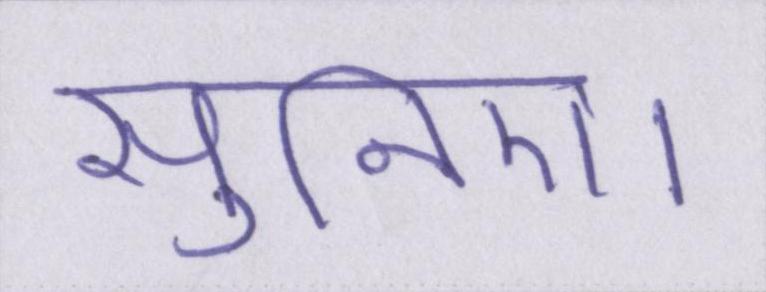
सुनिए।